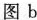
图b